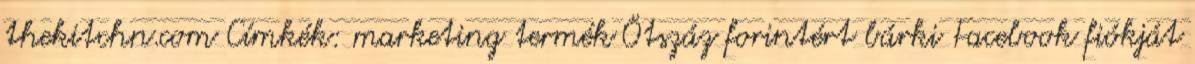
thekitchn.com Címkék: marketing termék Ötszáz forintért bárki Facebook fiókját